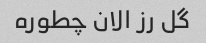
گل رز الان چطوره